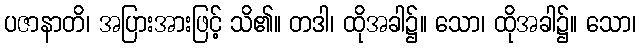
ပဇာနာတိ၊ အပြားအားဖြင့် သိ၏။ တဒါ၊ ထိုအခါ၌။ သော၊ ထိုအခါ၌။ သော၊